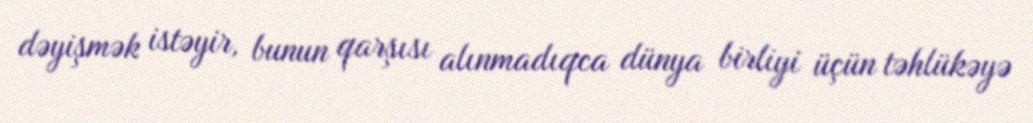
dəyişmək istəyir, bunun qarşısı alınmadıqca dünya birliyi üçün təhlükəyə